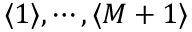
\langle 1 \rangle , \cdots , \langle M + 1 \rangle